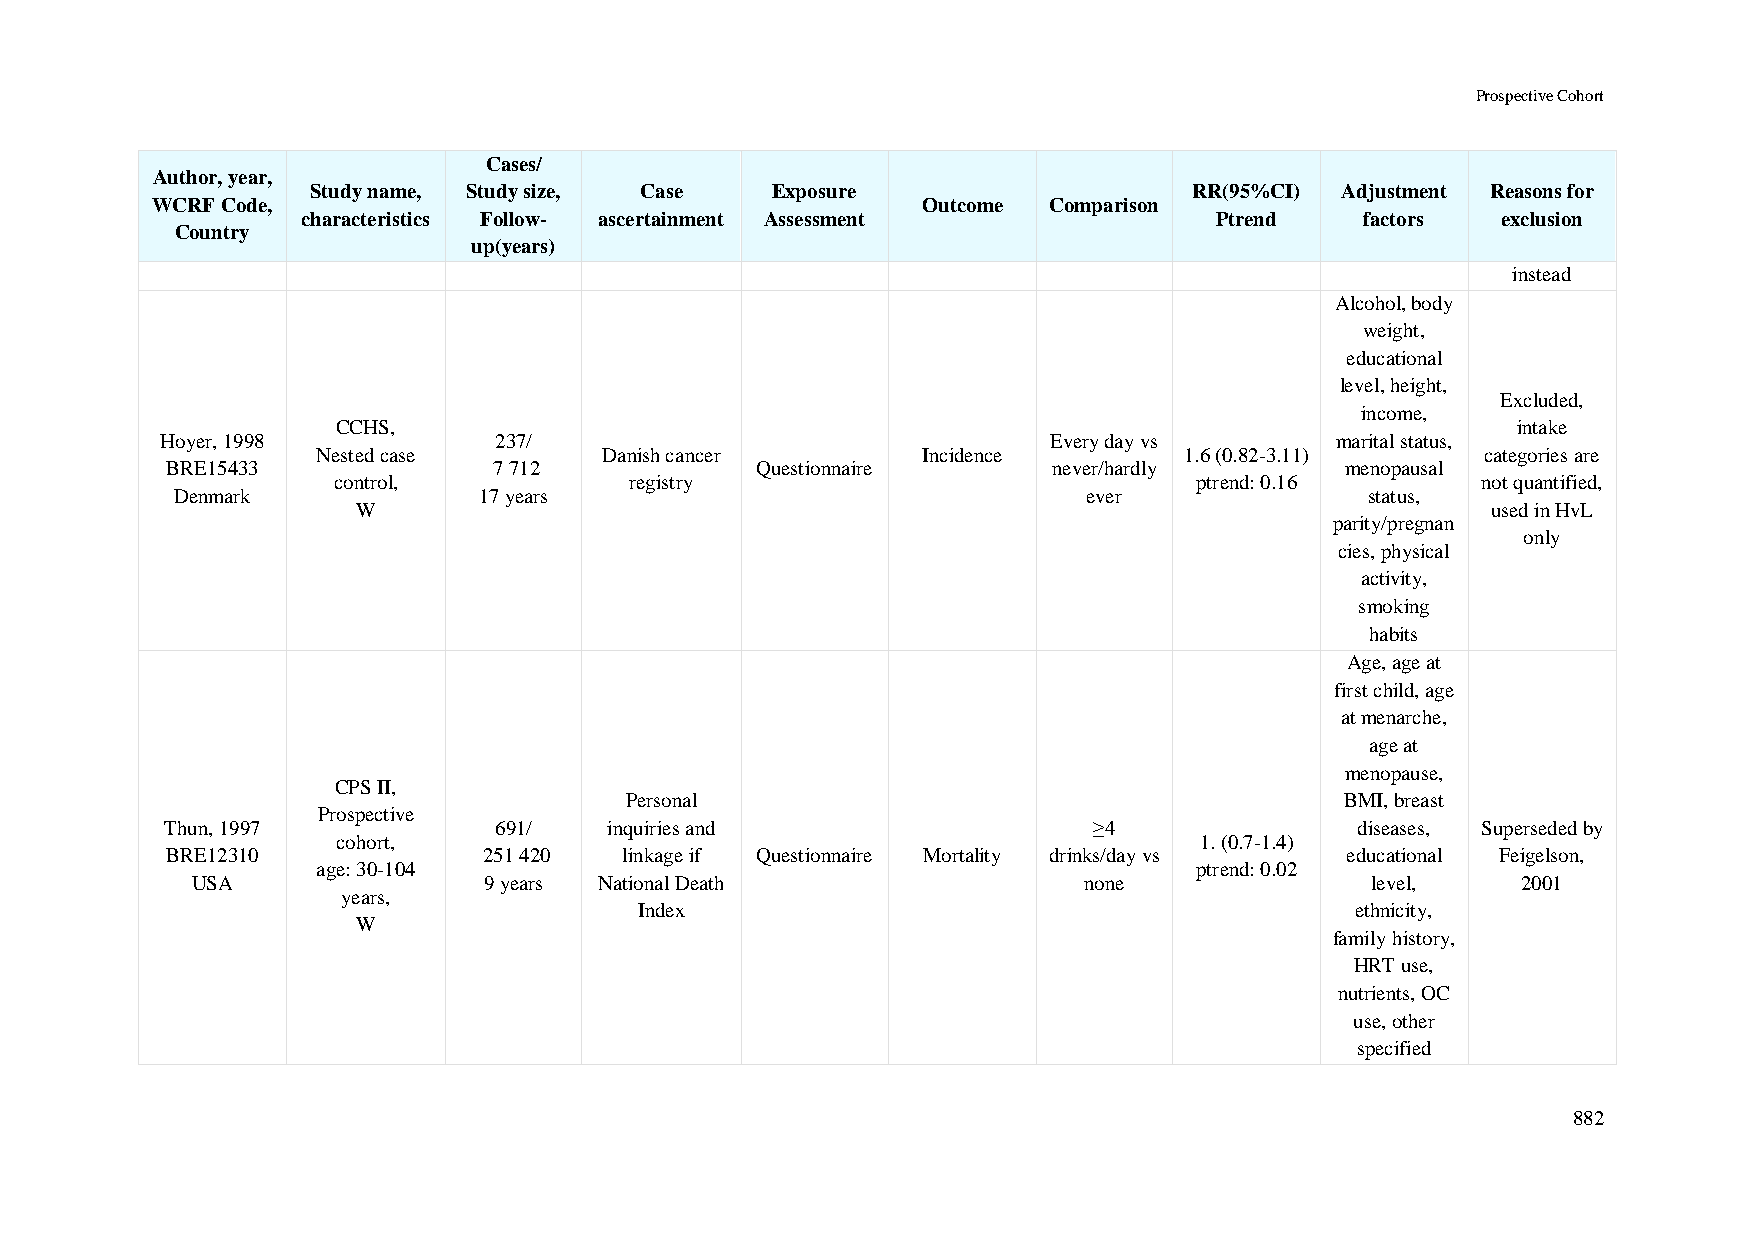
Prospective Cohort
 Cases/
 Author, year,
 Study name, Study size, Case  Exposure                    RR(95%CI) Adjustment Reasons for
 WCRF Code,                                         Outcome Comparison
 characteristics Follow- ascertainment Assessment            Ptrend    factors  exclusion
 Country
 up(years)
 instead
 Alcohol, body
 weight,
 educational
 level, height,
 Excluded,
 income,
 CCHS,                                                                         intake
 Hoyer, 1998           237/                                 Every day vs      marital status,
 Nested case        Danish cancer        Incidence        1.6 (0.82-3.11)     categories are
 BRE15433              7 712            Questionnaire       never/hardly       menopausal
 control,            registry                             ptrend: 0.16       not quantified,
 Denmark             17 years                                ever               status,
 W                                                                          used in HvL
 parity/pregnan
 only
 cies, physical
 activity,
 smoking
 habits
 Age, age at
 first child, age
 at menarche,
 age at
 menopause,
 CPS II,
 Personal                                        BMI, breast
 Prospective
 Thun, 1997            691/   inquiries and                   ≥4                diseases, Superseded by
 cohort,                                                  1. (0.7-1.4)
 BRE12310             251 420  linkage if Questionnaire Mortality drinks/day vs educational Feigelson,
 age: 30-104                                               ptrend: 0.02
 USA                9 years National Death                  none               level,    2001
 years,
 Index                                           ethnicity,
 W
 family history,
 HRT use,
 nutrients, OC
 use, other
 specified
 882